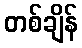
တစ်ချိန်